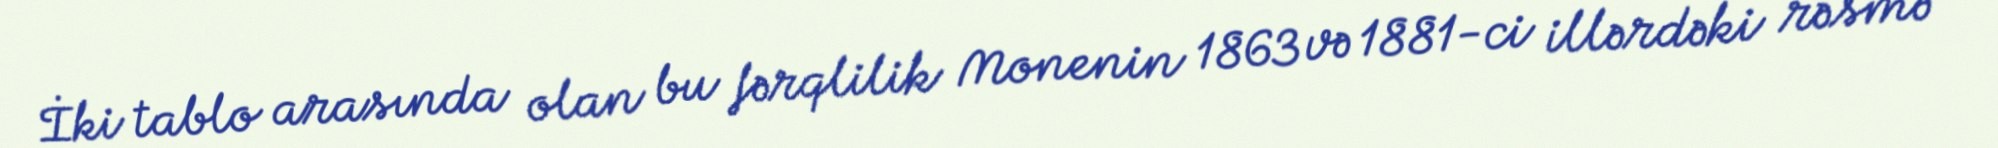
İki tablo arasında olan bu fərqlilik Monenin 1863 və 1881-ci illərdəki rəsmə